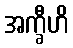
အက္ခီဟိ